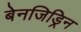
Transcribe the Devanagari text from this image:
बेनजिड्रिन